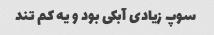
سوپ زیادی آبکی بود و یه کم تند